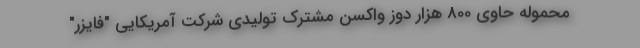
محموله حاوی 800 هزار دوز واکسن مشترک تولیدی شرکت آمریکایی "فایزر"